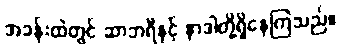
အခန်းထဲတွင် ဆာဘရီနှင့် နာဒါတို့ရှိနေကြသည်။